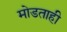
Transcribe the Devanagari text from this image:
मोडताही